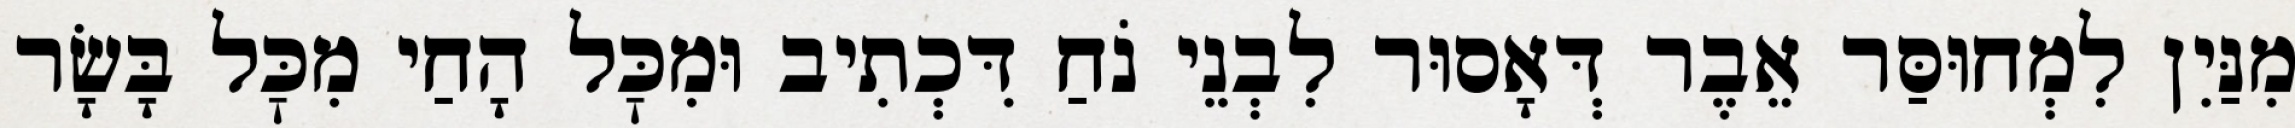
מִנַּיִן לִמְחוּסַּר אֵבֶר דְּאָסוּר לִבְנֵי נֹחַ דִּכְתִיב וּמִכׇּל הָחַי מִכׇּל בָּשָׂר